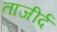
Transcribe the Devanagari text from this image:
ताजीर्द